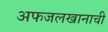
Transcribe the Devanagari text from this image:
अफजलखानाची